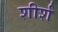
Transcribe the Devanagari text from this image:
शीर्श